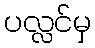
ပလ္လင်မှ